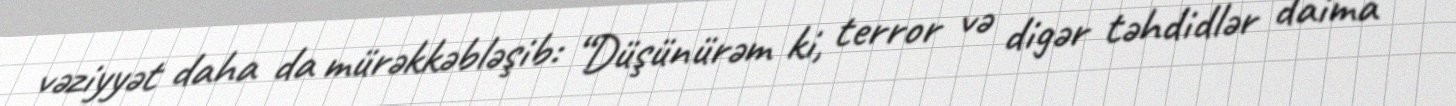
vəziyyət daha da mürəkkəbləşib: “Düşünürəm ki, terror və digər təhdidlər daima